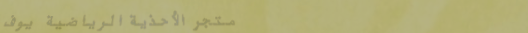
متجر الأحذية الرياضية يوف